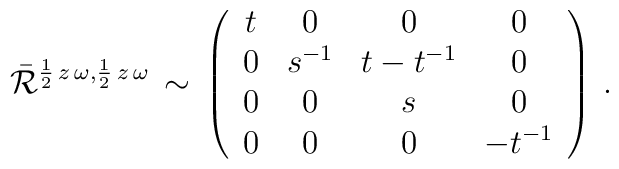
\bar{\cal R}^{\frac{1}{2}\,z\,\omega ,\frac{1}{2}\,z\,\omega }\,\sim \,\left( \begin{array}{cccc}t & 0 & 0 & 0 \\0 & s^{-1} & t-t^{-1} & 0 \\0 & 0 & s & 0 \\0 & 0 & 0 & -t^{-1}\end{array} \right)\,.